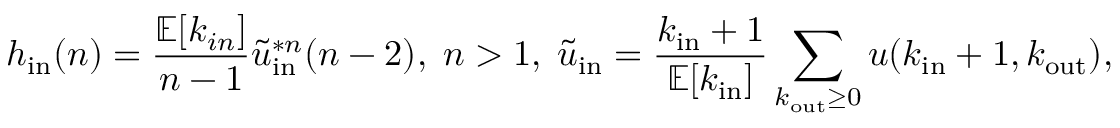
h _ { \mathrm { i n } } ( n ) = { \frac { \mathbb { E } [ k _ { i n } ] } { n - 1 } } { \tilde { u } } _ { \mathrm { i n } } ^ { * n } ( n - 2 ) , \; n > 1 , \; { \tilde { u } } _ { \mathrm { i n } } = { \frac { k _ { \mathrm { i n } } + 1 } { \mathbb { E } [ k _ { \mathrm { i n } } ] } } \sum _ { k _ { \mathrm { o u t } } \geq 0 } u ( k _ { \mathrm { i n } } + 1 , k _ { \mathrm { o u t } } ) ,